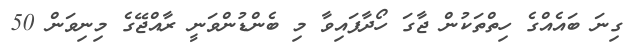
ގިނަ ބައެއްގެ ހިތްތަކުން ޖާގަ ހޯދާފައިވާ މި ބެންޑުންވަނީ ރާއްޖޭގެ މިނިވަން 50